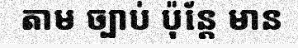
តាម ច្បាប់ ប៉ុន្តែ មាន